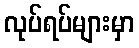
လုပ်ရပ်များမှာ